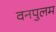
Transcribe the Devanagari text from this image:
वनपुलम